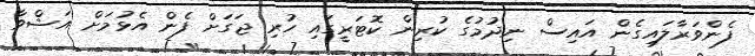
ފެންވަރާލައިގެން އައިސް ނިދުމުގެ ކުރިން ކޮޓަރީގައި ހުރި ޖަގަށް ފެން އެޅުމަށް އަޝްވާ